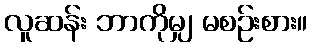
လူဆန်း ဘာကိုမျှ မစဉ်းစား။